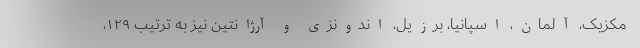
مکزیک، آلمان، اسپانیا، برزیل، اندونزی و آرژانتین نیز به ترتیب ۱۲۹،